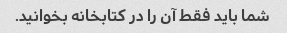
شما باید فقط آن را در کتابخانه بخوانید.